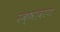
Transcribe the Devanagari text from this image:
रक्षावरण